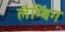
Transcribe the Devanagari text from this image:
लैम्बिंग